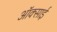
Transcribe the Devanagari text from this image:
ऑक्साई